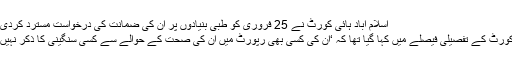
اسلام آباد ہائی کورٹ نے 25 فروری کو طبی بنیادوں پر ان کی ضمانت کی درخواست مسترد کردی تھی.
ہائی کورٹ کے تفصیلی فیصلے میں کہا گیا تھا کہ ‘ان کی کسی بھی رپورٹ میں ان کی صحت کے حوالے سے کسی سنگینی کا ذکر نہیں ہے’۔